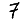
Digit: 7